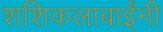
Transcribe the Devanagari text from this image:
शशिकलाबाईंनी